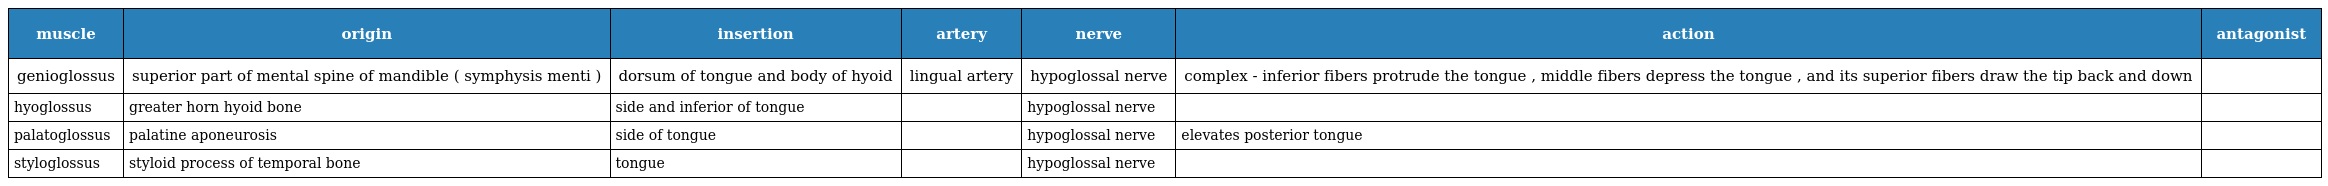
| muscle | origin | insertion | artery | nerve | action | antagonist |
 | --- | --- | --- | --- | --- | --- | --- |
 | genioglossus | superior part of mental spine of mandible ( symphysis menti ) | dorsum of tongue and body of hyoid | lingual artery | hypoglossal nerve | complex - inferior fibers protrude the tongue , middle fibers depress the tongue , and its superior fibers draw the tip back and down |  |
 | hyoglossus | greater horn hyoid bone | side and inferior of tongue |  | hypoglossal nerve |  |  |
 | palatoglossus | palatine aponeurosis | side of tongue |  | hypoglossal nerve | elevates posterior tongue |  |
 | styloglossus | styloid process of temporal bone | tongue |  | hypoglossal nerve |  |  |